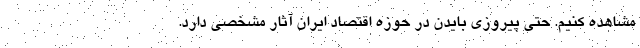
مشاهده کنیم. حتی پیروزی بایدن در حوزه اقتصاد ایران آثار مشخصی دارد.